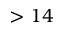
> 1 4